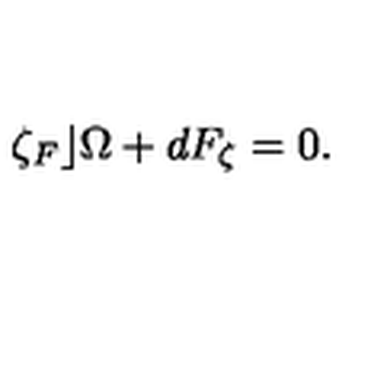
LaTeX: \zeta _ { F } \rfloor \Omega + d F _ { \zeta } = 0 .